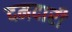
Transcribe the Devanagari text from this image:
दमदारी